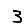
Digit: 3